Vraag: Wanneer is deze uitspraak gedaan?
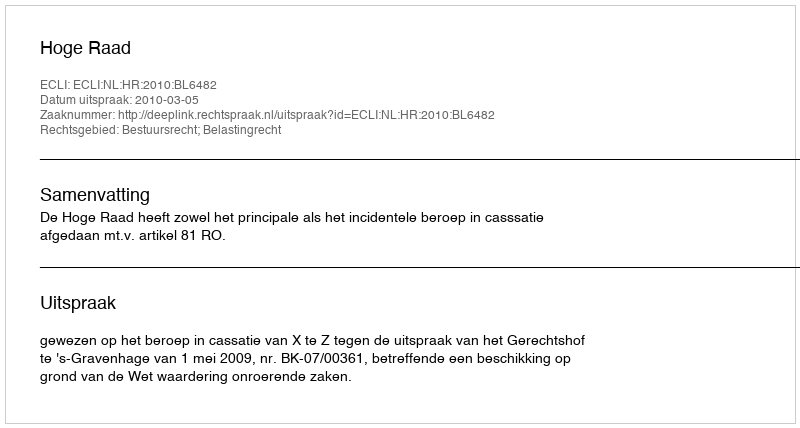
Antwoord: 2010-03-05